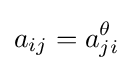
a_{ij}=a_{ji}^{\theta }